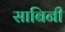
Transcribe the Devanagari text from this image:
साबिनी